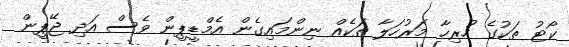
ކޯޓު ތަކުގެ ހުރިހާ މަރުހަލާ ތަކެއް ނިންމައިގެން އެމްޑީޕީން ވެސް އަދި ޖޭޕީން